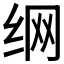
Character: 𮉦